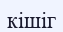
кішіг